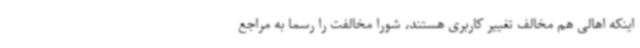
اینکه اهالی هم مخالف تغییر کاربری هستند، شورا مخالفت را رسما به مراجع